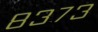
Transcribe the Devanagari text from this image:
८३७३